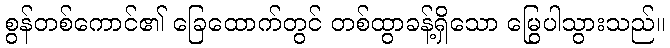
စွန်တစ်ကောင်၏ ခြေထောက်တွင် တစ်ထွာခန့်ရှိသော မြွေပါသွားသည်။